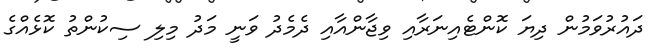
ދައުރުވަމުން ދިޔަ ކޮންޓެއިނަރާއި ވިޖާންއާއި ދެމެެދު ވަނީ މަދު މިލި ސިކުންތު ކޮޅެއްގެ